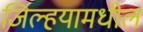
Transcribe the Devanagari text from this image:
जिल्हयामधील